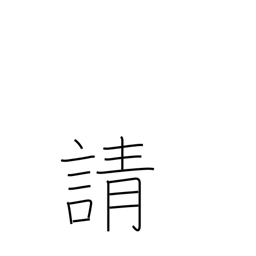
Meaning: solicit